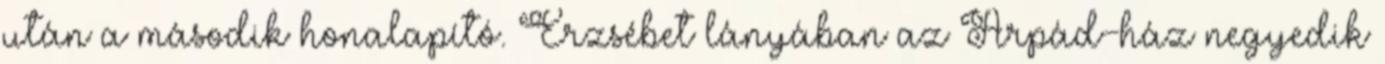
után a második honalapító. Erzsébet lányában az Árpád-ház negyedik